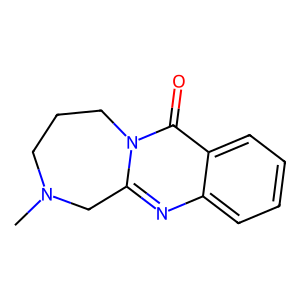
SMILES: CN1CCCn2c(nc3ccccc3c2=O)C1
Inhibits HIV replication: No